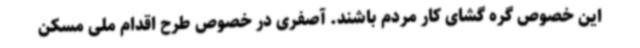
این خصوص گره گشای کار مردم باشند. آصفری در خصوص طرح اقدام ملی مسکن